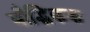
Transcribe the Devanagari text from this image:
बौद्धिकक